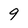
Character: 9